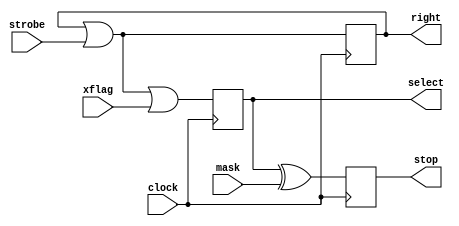
module asignacion (
    input clock, strobe, xflag, mask,
    output reg right, select, stop
);
    
    always @(posedge clock) begin
        right = right | strobe;
        select <= right | xflag;
        stop <= select ^ mask;
    end
endmodule